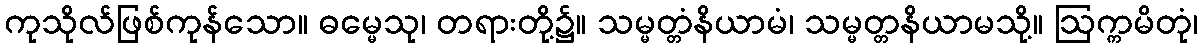
ကုသိုလ်ဖြစ်ကုန်သော။ ဓမ္မေသု၊ တရားတို့၌။ သမ္မတ္တံနိယာမံ၊ သမ္မတ္တနိယာမသို့။ ဩက္ကမိတုံ၊